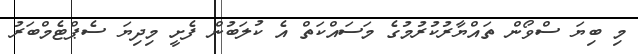
މި ބިޔަ ސްވޯން ތައްޔާރުކުރުމުގެ މަސައްކަތް އެ ކުލަބުން ފެށީ މިދިޔަ ސެޕްޓެމްބަރު